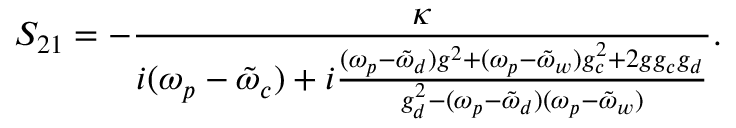
S _ { 2 1 } = - \frac { \kappa } { i ( \omega _ { p } - \tilde { \omega } _ { c } ) + i \frac { ( \omega _ { p } - \tilde { \omega } _ { d } ) g ^ { 2 } + ( \omega _ { p } - \tilde { \omega } _ { w } ) g _ { c } ^ { 2 } + 2 g g _ { c } g _ { d } } { g _ { d } ^ { 2 } - ( \omega _ { p } - \tilde { \omega } _ { d } ) ( \omega _ { p } - \tilde { \omega } _ { w } ) } } .